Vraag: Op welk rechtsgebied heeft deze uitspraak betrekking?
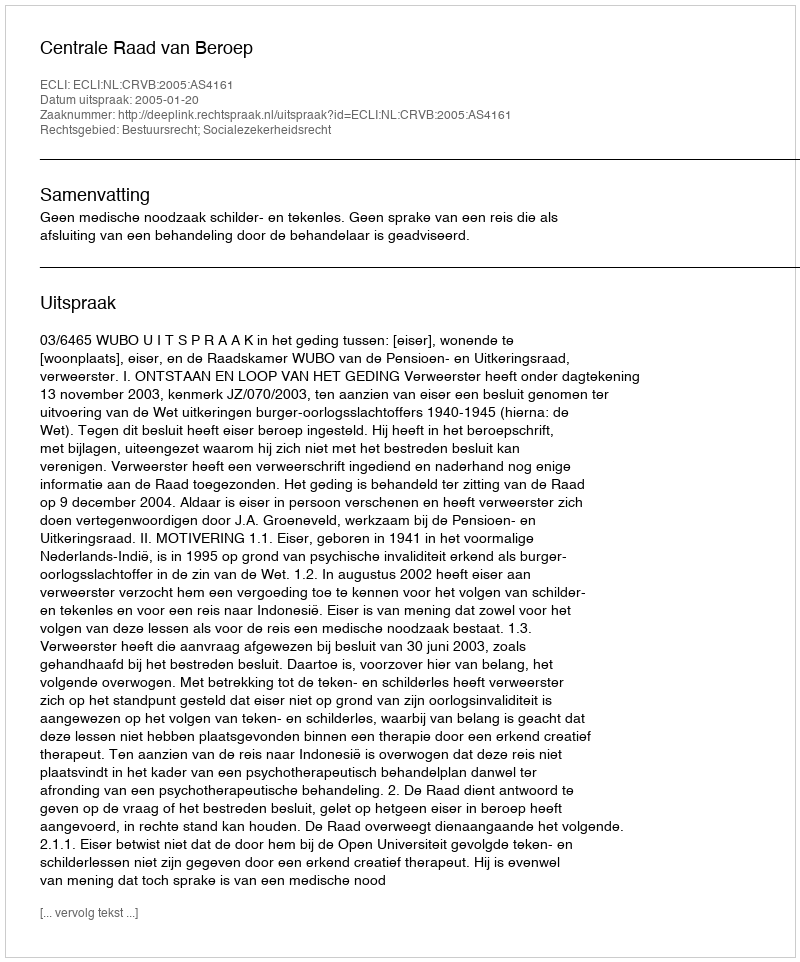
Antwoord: Bestuursrecht; Socialezekerheidsrecht